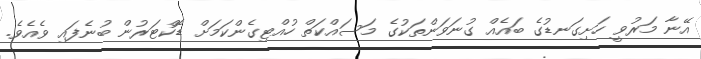
އޭނާ މަރުވީ ހަށިގަނޑުގެ ބައެއް ގުނަވަންތަކުގެ މަސައްކަތް ހުއްޓިގެންކަމަށް ޑޮކްޓަރުން ބުނެފައި ވެއެވެ.